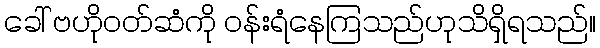
ခေါ် ဗဟိုဝတ်ဆံကို ဝန်းရံနေကြသည်ဟုသိရှိရသည်။